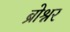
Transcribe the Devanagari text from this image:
ब्रोश्नर